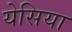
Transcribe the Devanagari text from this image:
येसिया